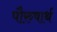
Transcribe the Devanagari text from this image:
पौरुषार्थ